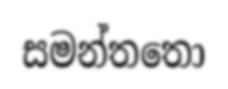
සමන්තතො